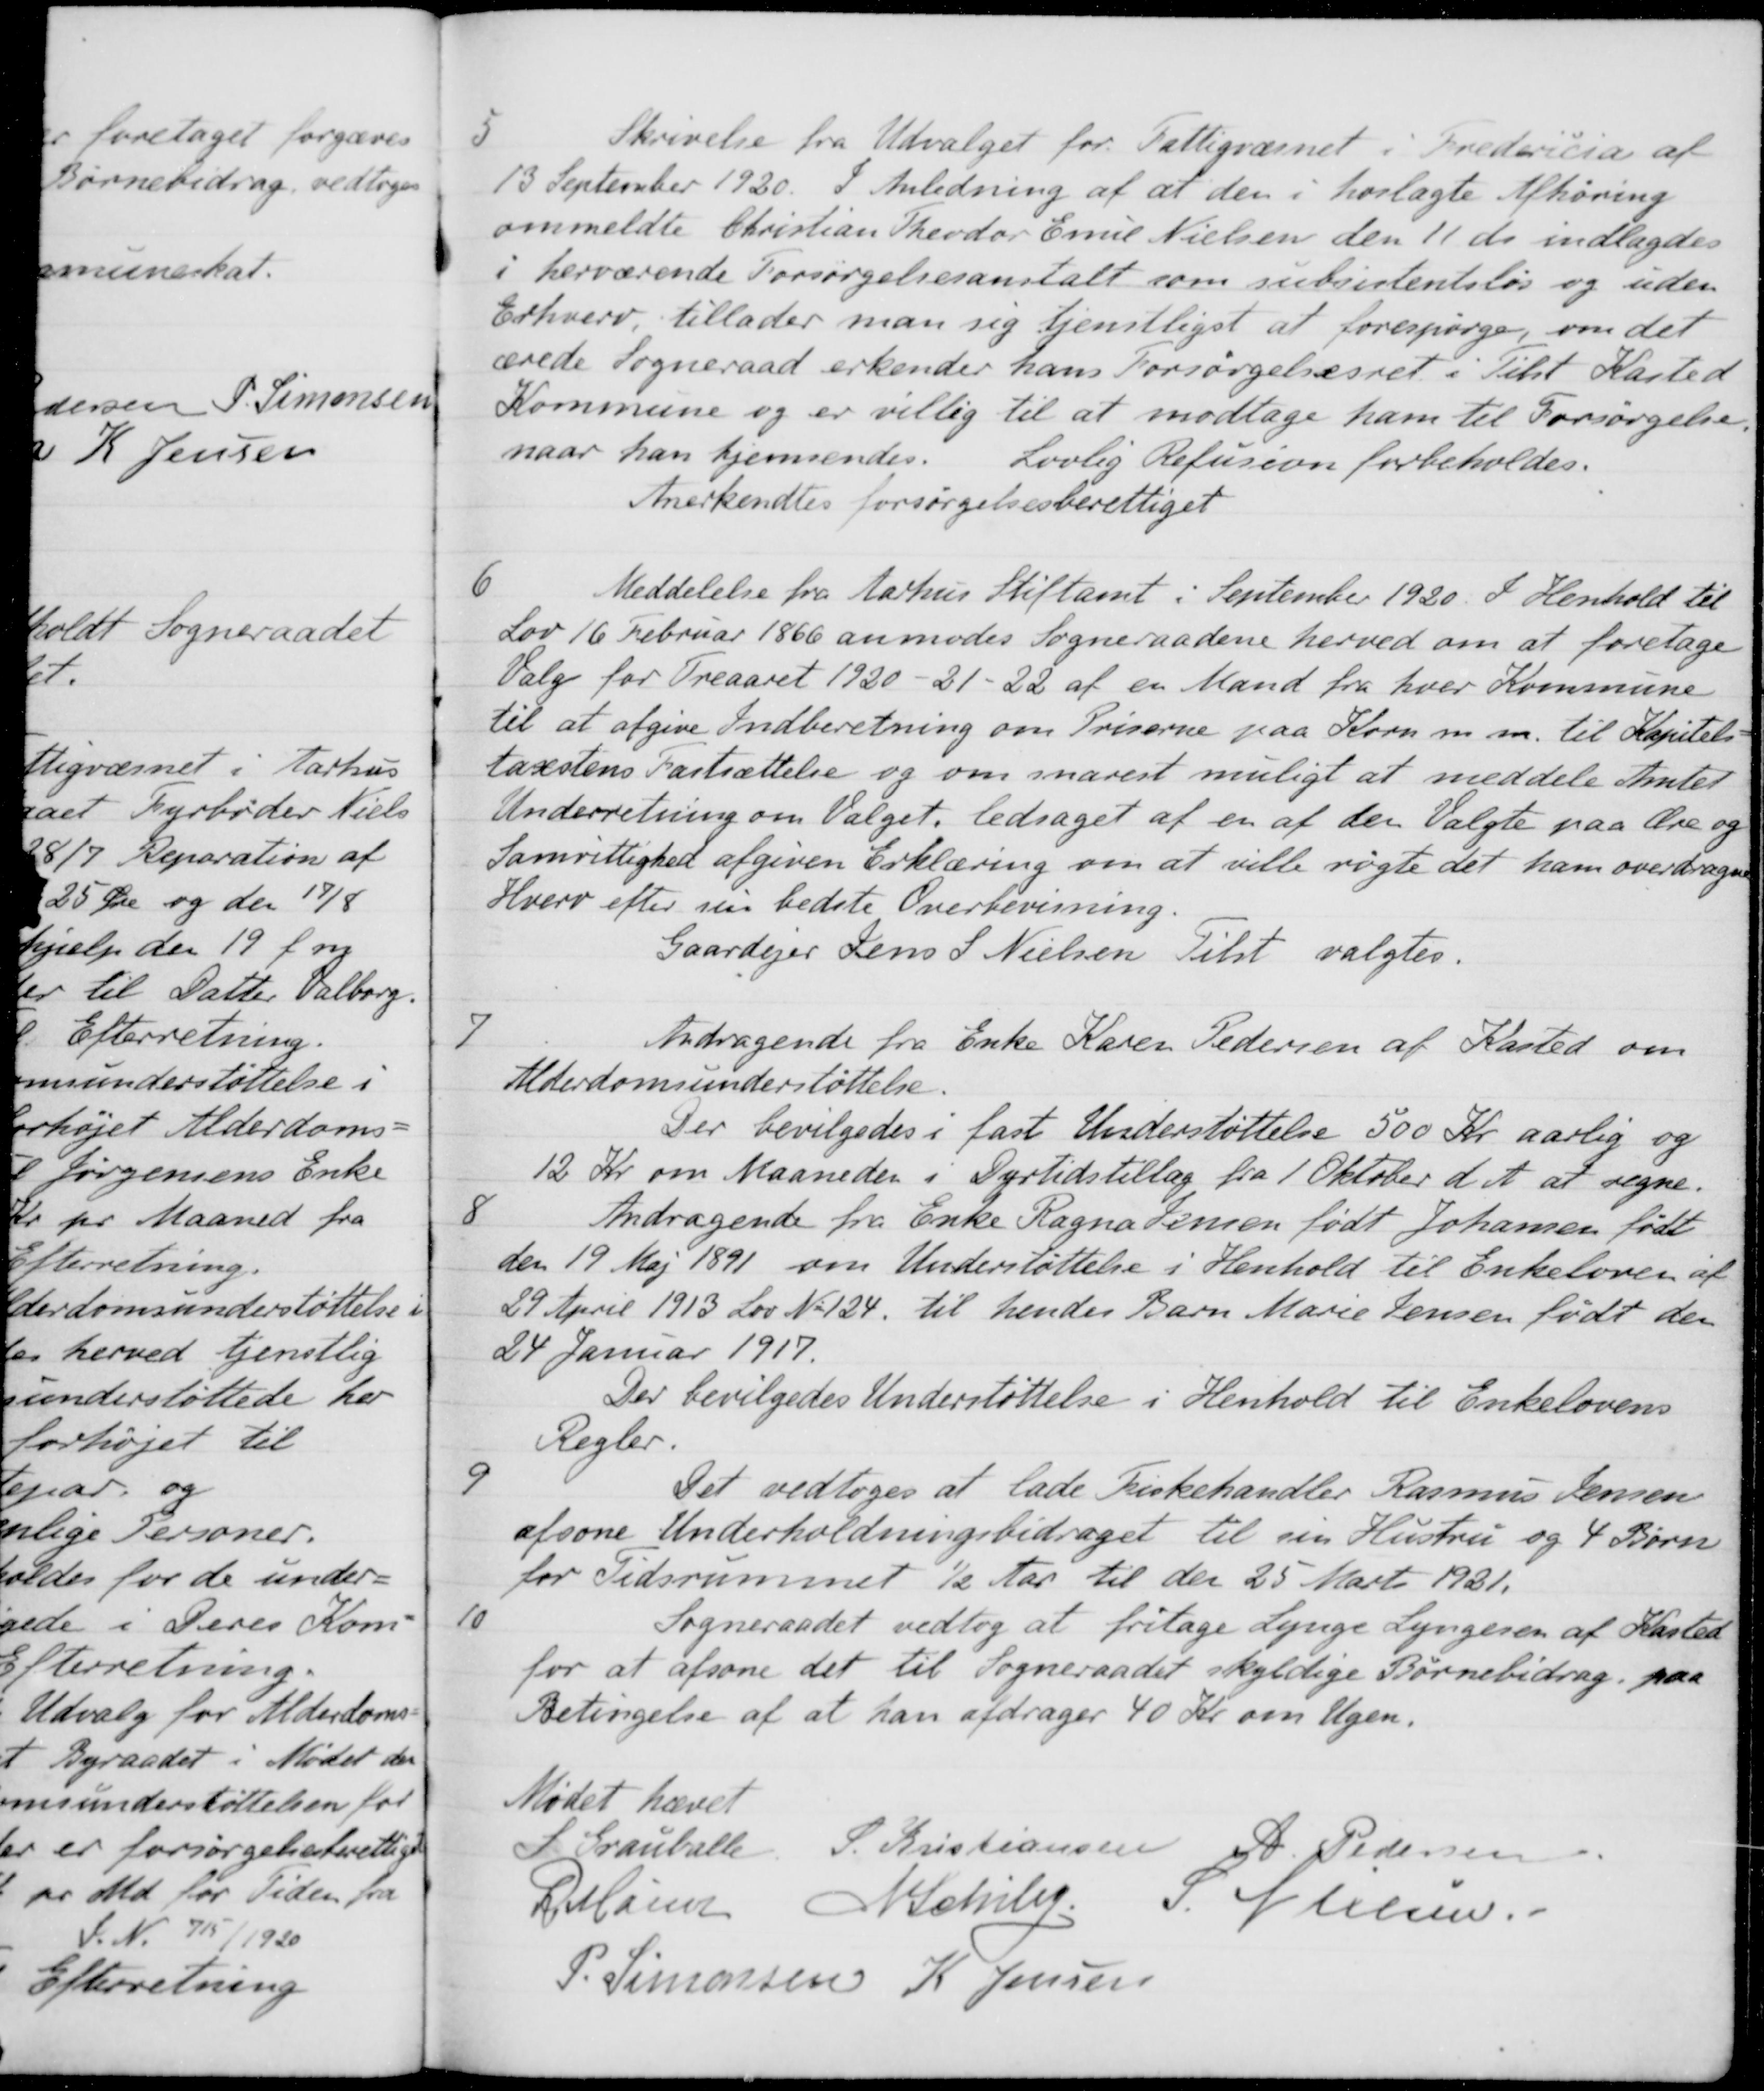
Transskription:
5
Skrivelse fra Udvalget for Fattigvæsnet i Fredericia af
13 September 1920. I Anledning af at den i hoslagte Afhøring
ommeldte Christian Theodor Emil Nielsen den 11 ds indlagdes
i herværende Forsørgelsesanstalt som subsistentsløs og uden
Erhverv, tillader man sig tjenstligst at forespørge, om det
ærede Sogneraad erkender hans Forsørgelsesret i Tilst Kasted
Kommune og er villig til at modtage ham til Forsørgelse.
naar han hjemsendes. Lovlig Refusion forbeholdes.
Anerkendtes forsørgelsesberettiget
6
Meddelelse fra Aarhus Stiftamt i September 1920. I Henhold til
Lov 16 Februar 1866 anmodes Sogneraadene herved om at foretage
Valg for Treaaret 1920 - 21-22 af en Mand fra hver Kommune
til at afgive Indberetning om Priserne paa Korn m. m. til Kapitels-
taxstens Fastsættelse og om snarest muligt at meddele Amtet
Underretning om Valget, ledsaget af en af den Valgte paa Ære og
Samrettighed afgiven Erklæring om at ville røgte det ham overdragne
Hverv efter sin bedste Overbevisning.
Gaardejer Jens S Nielsen Tilst valgtes.
7
Andragende fra Enke Karen Pedersen af Kasted om
Alderdomsunderstøttelse.
Der bevilgedes i fast Understøttelse 500 Kr aarlig og
12 Kr. om Maaneden i Dyrtidstillæg fra 1 Oktober d. A. at regne.
8
Andragende fra Enke Ragna Jensen født Johansen født
den 19 Maj 1891 om Understøttelse i Henhold til Enkeloven af
29 April 1913 Lov No 124 til hendes Barn Marie Jensen født den
24 Januar 1917.
Der bevilgedes Understøttelse i Henhold til Enkelovens
Regler.
9
Det vedtoges at lade Fiskehandler Rasmus Jensen
afsone Underholdningsbidraget til sin Hustru og 4 Børn
for Tidsrummet ½ Aar til den 25 Marts 1931.
10
Sogneraadet vedtog at fritage Lynge Lyngesen af Kasted
for at afsone det til Sogneraadet skyldige Børnebidrag paa
Betingelse af at han afdrager 40 Kr. om Ugen.
Mødet hævet
S Grauballe
P. Kristiansen
A. Pedersen
P. Møller
N. Schiby
S. Nielsen
P. Simonsen
K. Jensen